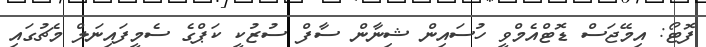
ފޮޓޯ: އިމޭޖަސް ޑޮޓްއެމްވީ ހުސައިން ޝިނާން ސާފް ސުޒުކީ ކަޕްގެ ސެމީފައިނަލް މެޗުގައި